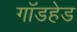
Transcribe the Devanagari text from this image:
गॉडहेड